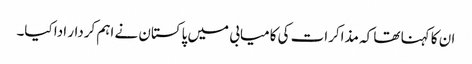
ان کا کہنا تھا کہ مذاکرات کی کامیابی میں پاکستان نے اہم کردار ادا کیا۔